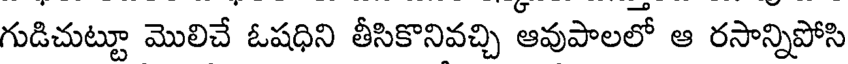
గుడిచుట్టూ మొలిచే ఓషధిని తీసికొనివచ్చి ఆవుపాలలో ఆ రసాన్నిపోసి